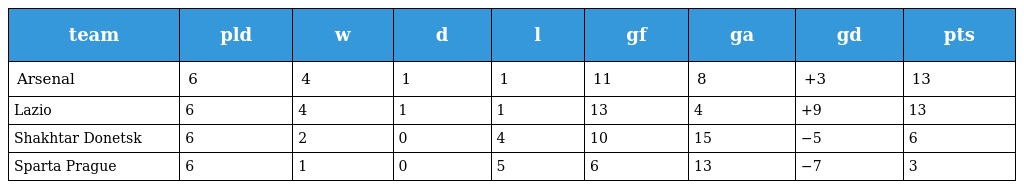
| team | pld | w | d | l | gf | ga | gd | pts |
 | --- | --- | --- | --- | --- | --- | --- | --- | --- |
 | Arsenal | 6 | 4 | 1 | 1 | 11 | 8 | +3 | 13 |
 | Lazio | 6 | 4 | 1 | 1 | 13 | 4 | +9 | 13 |
 | Shakhtar Donetsk | 6 | 2 | 0 | 4 | 10 | 15 | −5 | 6 |
 | Sparta Prague | 6 | 1 | 0 | 5 | 6 | 13 | −7 | 3 |